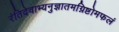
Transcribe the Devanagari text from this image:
रंतिदेवाभ्यनुज्ञातमग्निष्टोमफलं